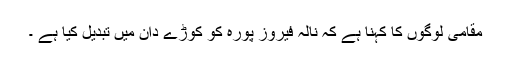
مقامی لوگوں کا کہنا ہے کہ نالہ فیروز پورہ کو کوڑے دان میں تبدیل کیا ہے ۔